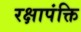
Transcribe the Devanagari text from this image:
रक्षापंक्ति